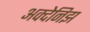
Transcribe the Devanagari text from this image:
अक्देनिझ